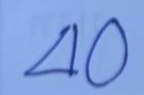
40